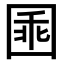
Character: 𡇸